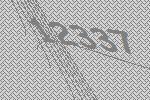
12337